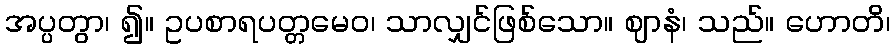
အပ္ပတွာ၊ ၍။ ဥပစာရပတ္တမေဝ၊ သာလျှင်ဖြစ်သော။ ဈာနံ၊ သည်။ ဟောတိ၊